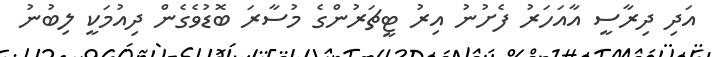
އަދި ދިރާސީ އާއަހަރު ފެށުނު އިރު ޓީޗަރުންގެ މުސާރަ ބޮޑުވެގެން ދިއުމަކީ ލިބުނު